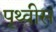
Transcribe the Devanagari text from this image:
पृथ्वीस